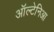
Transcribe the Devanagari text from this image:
ऑल्टेनिआ